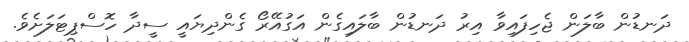
ދަނޑުން ބާލަން ޖެހިފައިވާ އިރު ދަނޑުން ބާލައިގެން އަގުއޭރޯ ގެންދިޔައީ ސީދާ ހޮސްޕިޓަލަށެވެ.